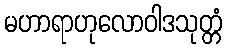
မဟာရာဟုလောဝါဒသုတ္တံ